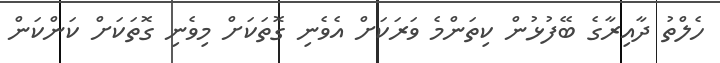
ހެލްތު ދާއިރާގެ ބޭފުޅުން ކިތަންމެ ވަރަކަށް އެވެނި ގޮތަކަށް މިވެނި ގޮތަކަށް ކަންކަން